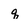
Character: q